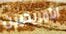
الأمريكيين